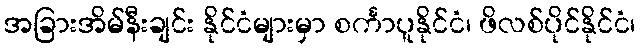
အခြားအိမ်နီးချင်း နိုင်ငံများမှာ စင်္ကာပူနိုင်ငံ၊ ဖိလစ်ပိုင်နိုင်ငံ၊